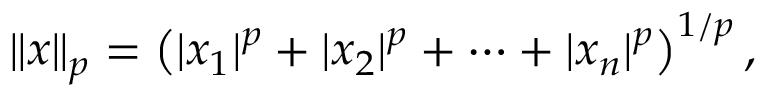
\left\| x \right\| _ { p } = \left( | x _ { 1 } | ^ { p } + | x _ { 2 } | ^ { p } + \dotsb + | x _ { n } | ^ { p } \right) ^ { 1 / p } ,